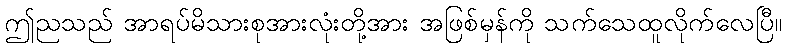
ဤညသည် အာရပ်မိသားစုအားလုံးတို့အား အဖြစ်မှန်ကို သက်သေထူလိုက်လေပြီ။